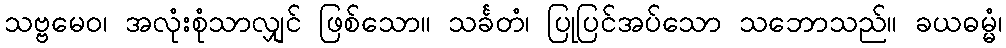
သဗ္ဗမေဝ၊ အလုံးစုံသာလျှင် ဖြစ်သော။ သင်္ခတံ၊ ပြုပြင်အပ်သော သဘောသည်။ ခယဓမ္မံ၊